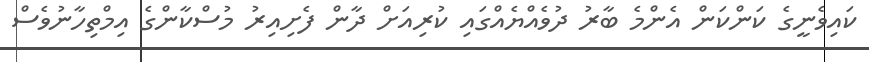
ކައިވެނީގެ ކަންކަން އެންމެ ބާރު ދުވެއްޔެއްގައި ކުރިއަށް ދާން ފެށިއިރު މުސްކާންގެ އިމްތިހާނުވެސް